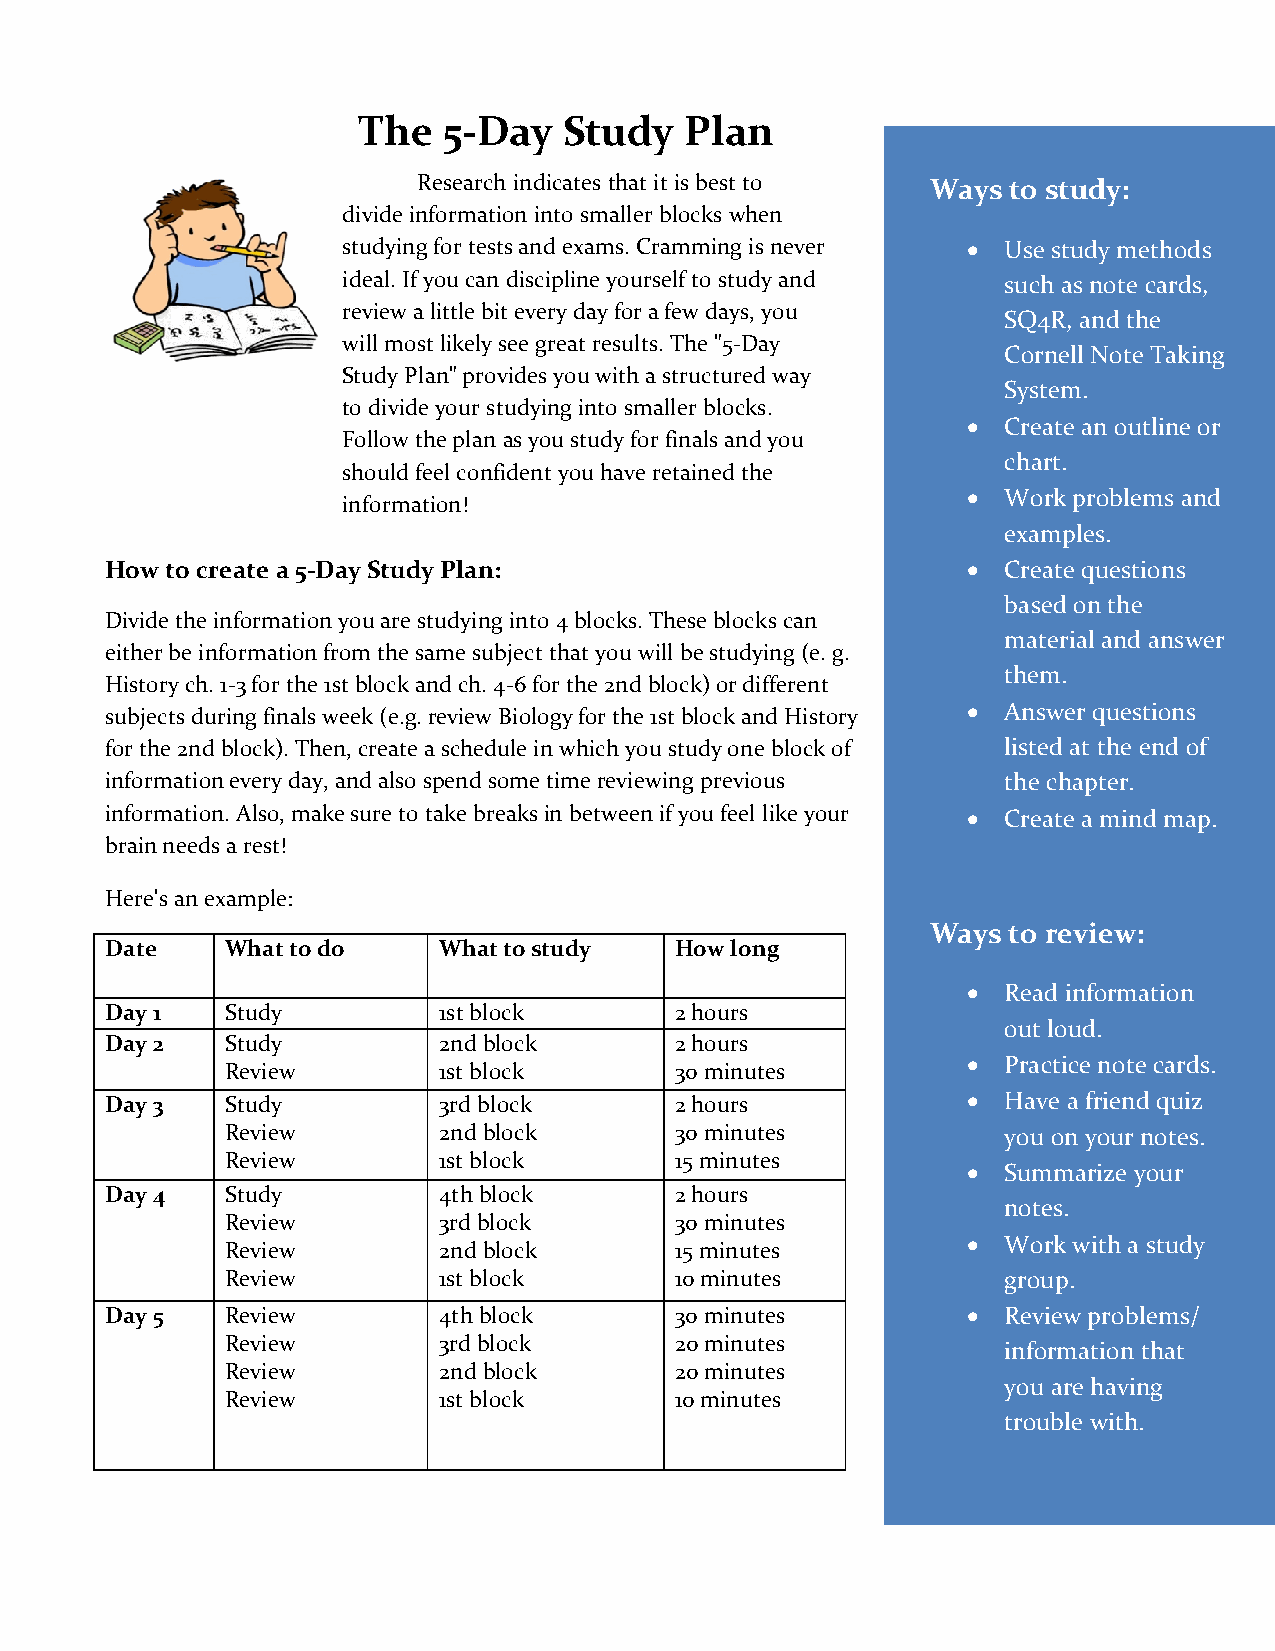
The  5-Day   Study   Plan
 Research indicates that it is best to Ways to study:
 divide information into smaller blocks when
 studying for tests and exams. Cramming is never • Use study methods
 ideal. If you can discipline yourself to study and such as note cards,
 review a little bit every day for a few days, you
 SQ4R, and the
 will most likely see great results. The "5-Day
 Cornell Note Taking
 Study Plan" provides you with a structured way
 System.
 to divide your studying into smaller blocks.
 •  Create an outline or
 Follow the plan as you study for finals and you
 chart.
 should feel confident you have retained the
 information!
 •  Work problems and
 examples.
 How to create a 5-Day Study Plan:                        •  Create questions
 based on the
 Divide the information y ou are studying into 4 blocks. These blocks can
 material and answer
 either be information from the same subject that you will be studying (e. g.
 them.
 History ch. 1-3 for the 1st block and ch. 4-6 for the 2nd block) or different
 subjects during finals week (e.g. review Biology for the 1st block and History • Answer questions
 for the 2nd block). Then, create a schedule in which you study one block of listed at the end of
 information every day, and also spend some time reviewing previous the chapter.
 information. Also, make sure to take breaks in between if you feel like your • Create a mind map.
 brain needs a rest!
 Here's an example:
 Ways to review:
 Date    What to do    What to study   How long
 •  Read information
 Day 1   Study         1st block       2 hours
 out loud.
 Day 2   Study         2nd block       2 hours
 Review        1st block       30 minutes
 •  Practice note cards.
 Day 3   Study         3rd block       2 hours            •  Have a friend quiz
 Review        2nd block       30 minutes            you on your notes.
 Review        1st block       15 minutes
 •  Summarize your
 Day 4   Study         4th block       2 hours
 notes.
 Review        3rd block       30 minutes
 Review        2nd block       15 minutes
 •  Work with a study
 Review        1st block       10 minutes            group.
 Day 5   Review        4th block       30 minutes         •  Review problems/
 Review        3rd block       20 minutes
 information that
 Review        2nd block       20 minutes
 you are having
 Review        1st block       10 minutes
 trouble with.